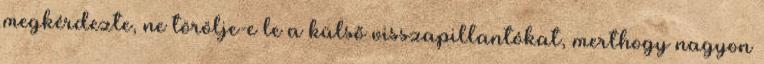
megkérdezte, ne törölje-e le a külső visszapillantókat, merthogy nagyon